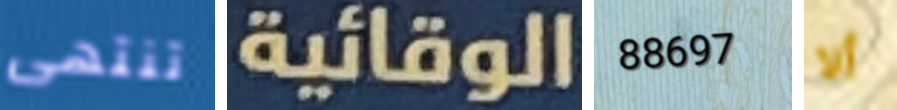
تنتهى الوقائية 88697 ألا